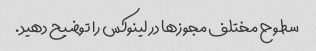
سطوح مختلف مجوزها در لینوکس را توضیح دهید.